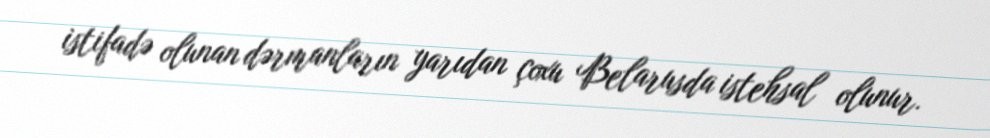
istifadə olunan dərmanların yarıdan çoxu Belarusda istehsal olunur.